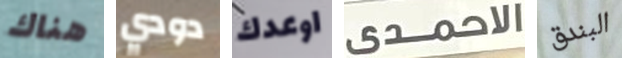
هناك دودي اوعدك الاحمدى البندق